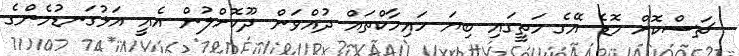
ޗަސްކޮށް މޮޑެ އޭގެ މަތީގައި ބިޔަ ހައިމާކްތައް ދުއްވަން ދޫކޮށްލުން އެއީ އަޅުގަނޑުމެންގެ